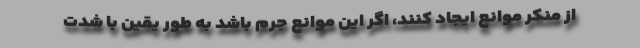
از منکر موانع ایجاد کنند، اگر این موانع جرم باشد به طور یقین با شدت